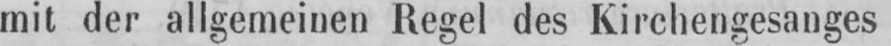
mit der allgemeinen Regel des Kirchengesanges